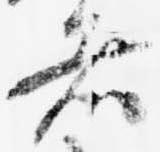
者